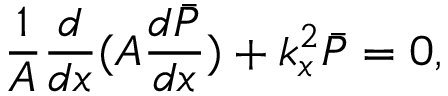
\frac { 1 } { A } \frac { d } { d x } ( A \frac { d \bar { P } } { d x } ) + k _ { x } ^ { 2 } \bar { P } = 0 ,